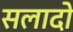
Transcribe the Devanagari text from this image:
सलादो